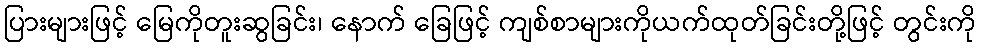
ပြားများဖြင့် မြေကိုတူးဆွခြင်း၊ နောက် ခြေဖြင့် ကျစ်စာများကိုယက်ထုတ်ခြင်းတို့ဖြင့် တွင်းကို